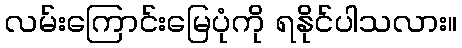
လမ်းကြောင်းမြေပုံကို ရနိုင်ပါသလား။